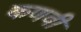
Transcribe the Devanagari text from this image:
कणवी